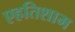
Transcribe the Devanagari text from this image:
एहतिशाम